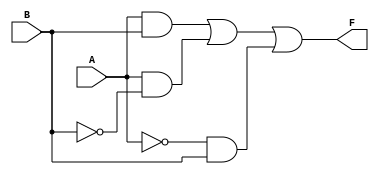
module two_variable_kmap (
    input wire A,  // First input
    input wire B,  // Second input
    output wire F  // Output
);

// Combinational logic based on the K-map
// For this example, let's assume we want to implement F = A + B (OR operation)
// You can modify the logic to represent any desired function based on your K-map simplification.
assign F = (A & B) | (A & ~B) | (~A & B); // This corresponds to the truth table

endmodule